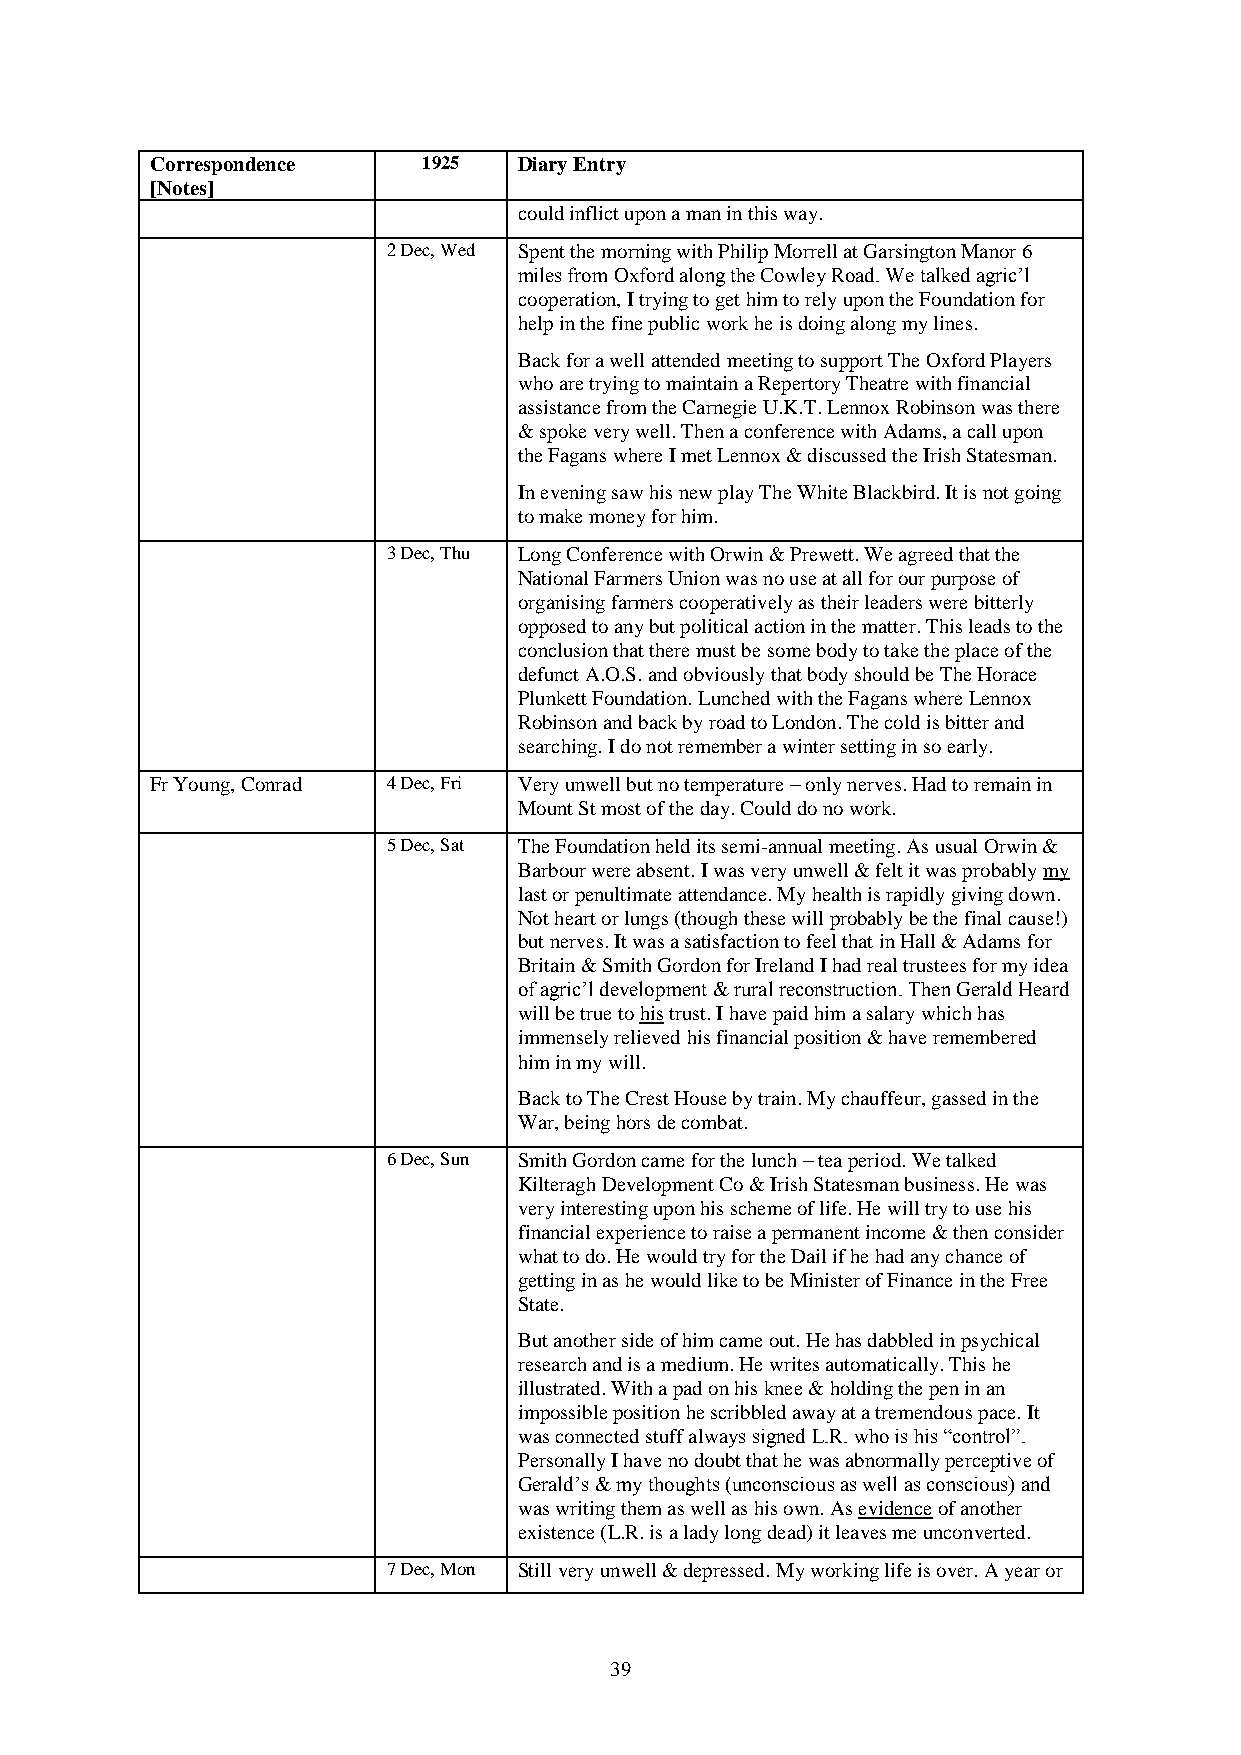
Correspondence    1925  Diary Entry
 [Notes]
 could inflict upon a man in this way.
 2 Dec, Wed Spent the morning with Philip Morrell at Garsington Manor 6
 miles from Oxford along the Cowley Road. We talked agric’l
 cooperation, I trying to get him to rely upon the Foundation for
 help in the fine public work he is doing along my lines.
 Back for a well attended meeting to support The Oxford Players
 who are trying to maintain a Repertory Theatre with financial
 assistance from the Carnegie U.K.T. Lennox Robinson was there
 & spoke very well. Then a conference with Adams, a call upon
 the Fagans where I met Lennox & discussed the Irish Statesman.
 In evening saw his new play The White Blackbird. It is not going
 to make money for him.
 3 Dec, Thu Long Conference with Orwin & Prewett. We agreed that the
 National Farmers Union was no use at all for our purpose of
 organising farmers cooperatively as their leaders were bitterly
 opposed to any but political action in the matter. This leads to the
 conclusion that there must be some body to take the place of the
 defunct A.O.S. and obviously that body should be The Horace
 Plunkett Foundation. Lunched with the Fagans where Lennox
 Robinson and back by road to London. The cold is bitter and
 searching. I do not remember a winter setting in so early.
 Fr Young, Conrad 4 Dec, Fri Very unwell but no temperature – only nerves. Had to remain in
 Mount St most of the day. Could do no work.
 5 Dec, Sat The Foundation held its semi-annual meeting. As usual Orwin &
 Barbour were absent. I was very unwell & felt it was probably my
 last or penultimate attendance. My health is rapidly giving down.
 Not heart or lungs (though these will probably be the final cause!)
 but nerves. It was a satisfaction to feel that in Hall & Adams for
 Britain & Smith Gordon for Ireland I had real trustees for my idea
 of agric’l development & rural reconstruction. Then Gerald Heard
 will be true to his trust. I have paid him a salary which has
 immensely relieved his financial position & have remembered
 him in my will.
 Back to The Crest House by train. My chauffeur, gassed in the
 War, being hors de combat.
 6 Dec, Sun Smith Gordon came for the lunch – tea period. We talked
 Kilteragh Development Co & Irish Statesman business. He was
 very interesting upon his scheme of life. He will try to use his
 financial experience to raise a permanent income & then consider
 what to do. He would try for the Dail if he had any chance of
 getting in as he would like to be Minister of Finance in the Free
 State.
 But another side of him came out. He has dabbled in psychical
 research and is a medium. He writes automatically. This he
 illustrated. With a pad on his knee & holding the pen in an
 impossible position he scribbled away at a tremendous pace. It
 was connected stuff always signed L.R. who is his “control”.
 Personally I have no doubt that he was abnormally perceptive of
 Gerald’s & my thoughts (unconscious as well as conscious) and
 was writing them as well as his own. As evidence of another
 existence (L.R. is a lady long dead) it leaves me unconverted.
 7 Dec, Mon Still very unwell & depressed. My working life is over. A year or
 39